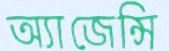
অ্যাজেন্সি